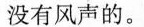
没有风声的。